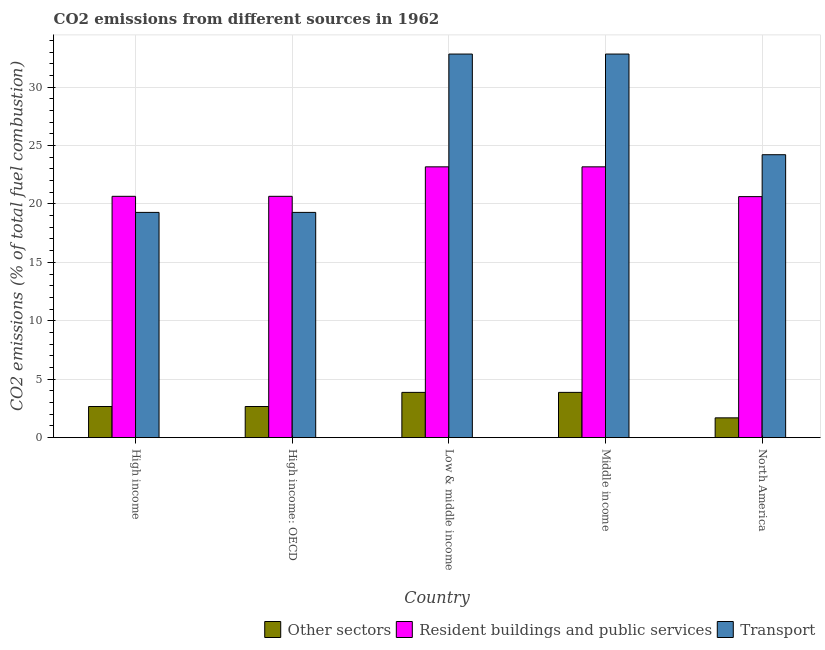
| Country | Other sectors | Resident buildings and public services | Transport |
 | --- | --- | --- | --- |
 | High income | 2.66 | 20.7 | 19.3 |
 | High income: OECD | 2.66 | 20.7 | 19.3 |
 | Low & middle income | 3.87 | 23.2 | 32.8 |
 | Middle income | 3.87 | 23.2 | 32.8 |
 | North America | 1.69 | 20.6 | 24.2 |